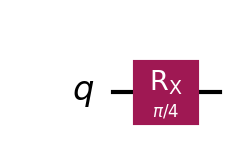
Description: Rx rotation: rotation around X-axis by π/4
描述: Rx旋转：绕X轴旋转π/4
Category: gate_coverage (difficulty: basic)
Qubits: 1, circuit depth: 1

Braket implementation:
import math
from braket.circuits import Circuit
circuit = Circuit().rx(0, math.pi / 4)